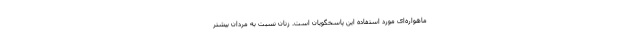
ماهواره­ای مورد استفاده این پاسخگویان است. زنان نسبت به مردان بیشتر